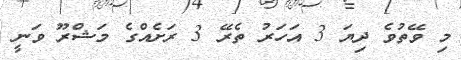
މި ވޭތުވެ ދިޔަ 3 އަހަރު ތެރޭ 3 ރަށެއްގެ މަޝްރޫ ވަނީ